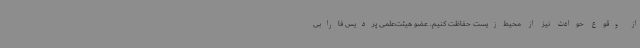
از وقوع حوادث نیز از محیط‌زیست حفاظت کنیم. عضو هیئت‌علمی پردیس فارابی